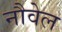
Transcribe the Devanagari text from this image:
नौवेल